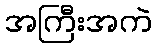
အကြီးအကဲ